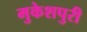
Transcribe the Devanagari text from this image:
मुकेशपुरी